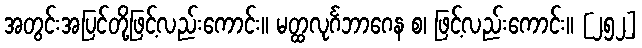
အတွင်းအပြင်တို့ဖြင့်လည်းကောင်း။ မတ္ထလုင်္ဂဘာဂေန စ၊ ဖြင့်လည်းကောင်း။ [၂၅၂]